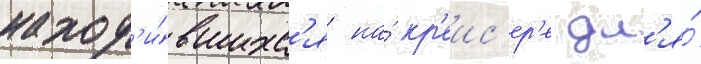
наход'и́вшихс'я на́ кр'еис'ер'е дл'я́